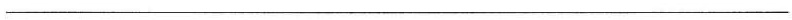
___